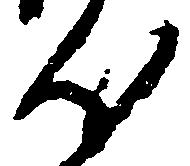
汰